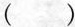
( )